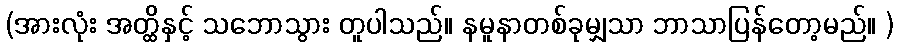
(အားလုံး အတ္ထိနှင့် သဘောသွား တူပါသည်။ နမူနာတစ်ခုမျှသာ ဘာသာပြန်တော့မည်။ )